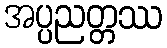
အပ္ပညတ္တဿ